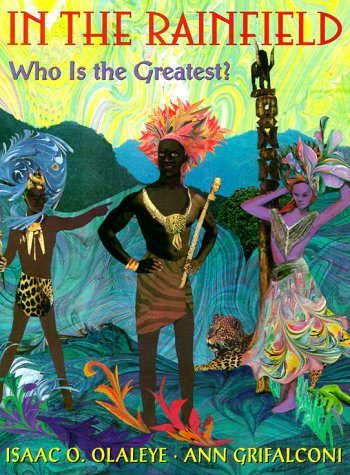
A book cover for In the Rainfield; Isaac Olaleye; Children's Books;